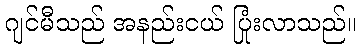
ဂျင်မီသည် အနည်းငယ် ပြုံးလာသည်။